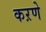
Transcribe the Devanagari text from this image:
कऱणे